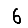
Digit: 6